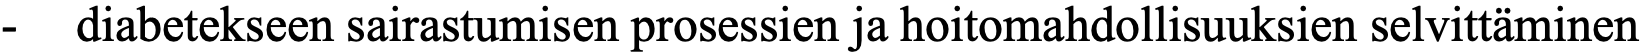
-  diabetekseen sairastumisen prosessien ja hoitomahdollisuuksien selvittäminen